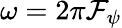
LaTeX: \omega=2\pi\mathcal{F}_{\psi}